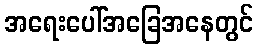
အရေးပေါ်အခြေအနေတွင်